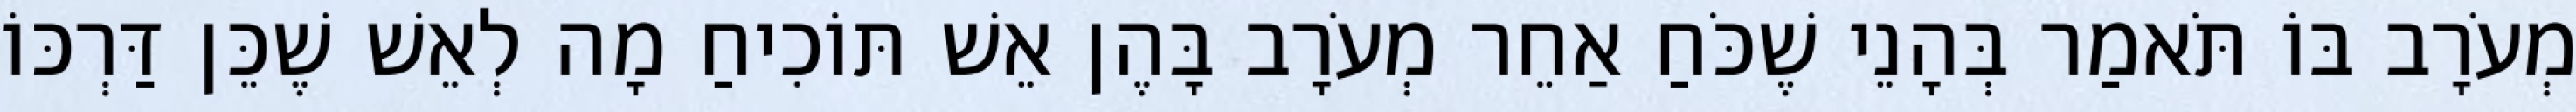
מְעֹרָב בּוֹ תֹּאמַר בְּהָנֵי שֶׁכֹּחַ אַחֵר מְעֹרָב בָּהֶן אֵשׁ תּוֹכִיחַ מָה לְאֵשׁ שֶׁכֵּן דַּרְכּוֹ